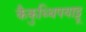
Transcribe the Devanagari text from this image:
कैकुथ्थिपयाट्टू